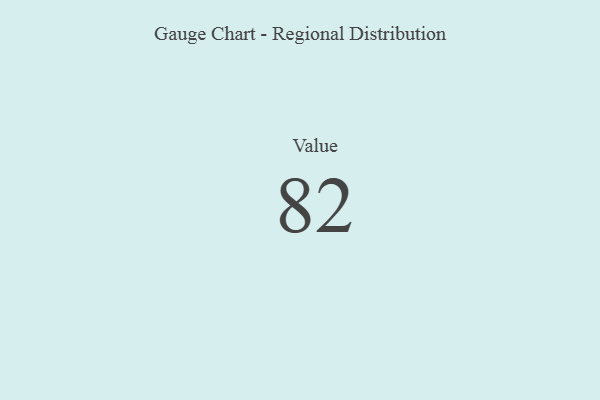
{"axis": {"x": "Metric", "y": "Value"}, "legend": [""], "data": [{"x": "Value", "y": 82, "type": ""}]}